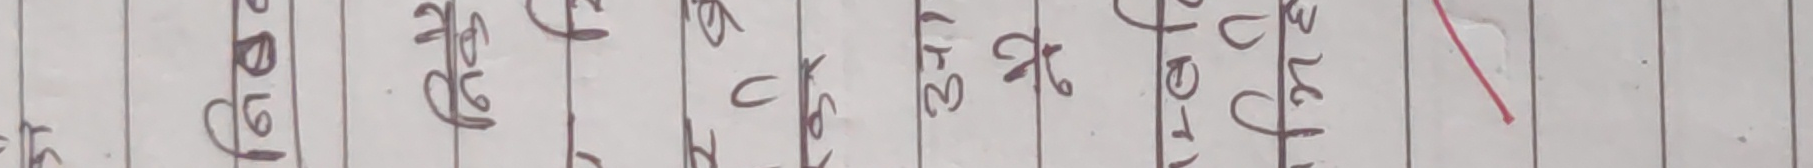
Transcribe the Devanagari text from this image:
१ गिभ प्रभु क च ३ ज्ञ २१ पूज्य ३५ ३६ ३७ ३९